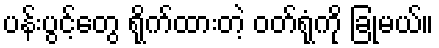
ပန်းပွင့်တွေ ရိုက်ထားတဲ့ ဝတ်ရုံကို ခြုံမယ်။